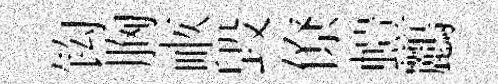
钩胸畞毀僚螘鸝